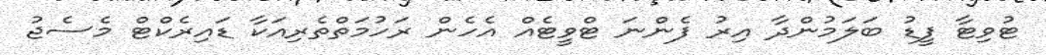
ޓުވިޓާ ފީޑު ބަލަމުންދާ އިރު ފެންނަ ޓްވީޓެއް އެހެން ރަހުމަތްތެރިއަކާ ޑައިރެކްޓް މެސެޖު